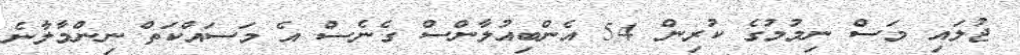
ޖުލައި މަސް ނިމުމުގެ ކުރިން 54 އެންބިއުލާންސް ގެނެސް އެ މަސައްކަތް ނިންމާލާނެ